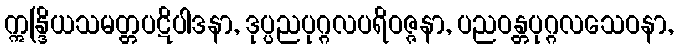
ဣန္ဒြိယသမတ္တပဋိပါဒနာ, ဒုပ္ပညပုဂ္ဂလပရိဝဇ္ဇနာ, ပညဝန္တပုဂ္ဂလသေဝနာ,